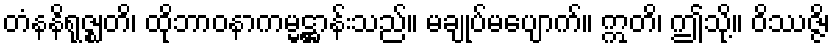
တံနနိရုဇ္ဈတိ၊ ထိုဘာဝနာကမ္မဋ္ဌာန်းသည်။ မချုပ်မပျောက်။ ဣတိ၊ ဤသို့။ ဝိဿဇ္ဇိ၊